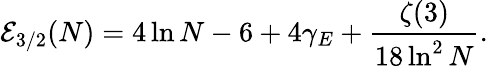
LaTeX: {\cal E}_{3/2}(N)=4\ln N-6+4\gamma_{E}+\frac{\zeta(3)}{18\ln^{2}N}.